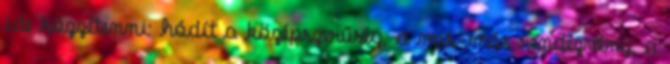
ide közzétenni: hódít a középszerűség, a mis-más rendezvény, a